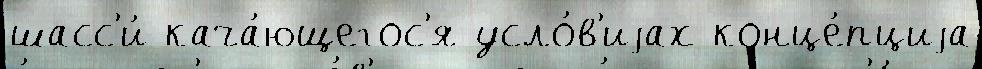
шасс'и́ кача́ющегос'я усло́в'иjах конце́пциjа